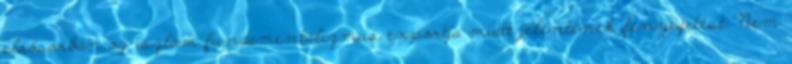
elsősorban az iszlám fundamentalizmus exportja miatt jelentenek fenyegetést. Nem